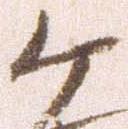
ヶ